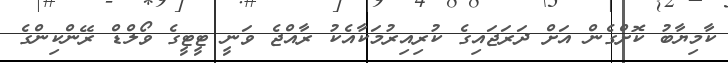
ކާމިޔާބު ކޮށްގެން އަށް ދަރަޖައިގެ ކުރިއިރުމަކާއެކު ރާއްޖެ ވަނީ ޓީޓީގެ ވޯލްޑް ރޭންކިންގެ